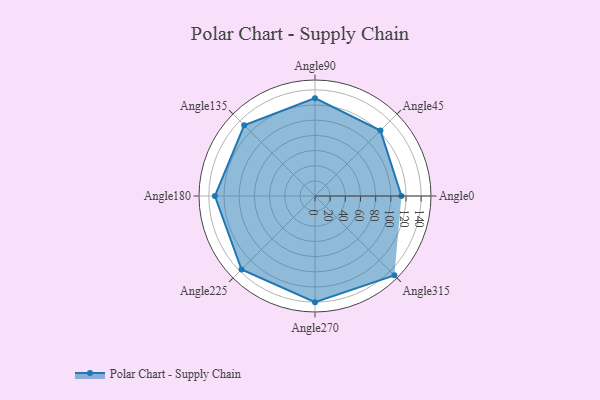
{"axis": {"x": "Angle", "y": "Radius"}, "legend": [""], "data": [{"x": "Angle0", "y": 114.0, "type": ""}, {"x": "Angle45", "y": 122.0, "type": ""}, {"x": "Angle90", "y": 129.0, "type": ""}, {"x": "Angle135", "y": 132.0, "type": ""}, {"x": "Angle180", "y": 132.0, "type": ""}, {"x": "Angle225", "y": 137.0, "type": ""}, {"x": "Angle270", "y": 140.0, "type": ""}, {"x": "Angle315", "y": 148.0, "type": ""}]}